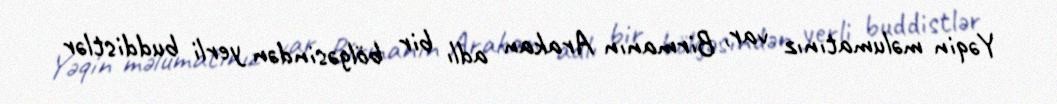
Yəqin məlumatınız var, Birmanın Arakan adlı bir bölgəsindən yerli buddistlər